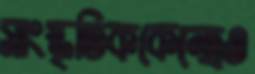
সাংস্কৃতিককেন্দ্রেও